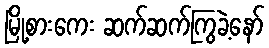
မြို့စားကေး ဆက်ဆက်ကြွခဲ့နော်